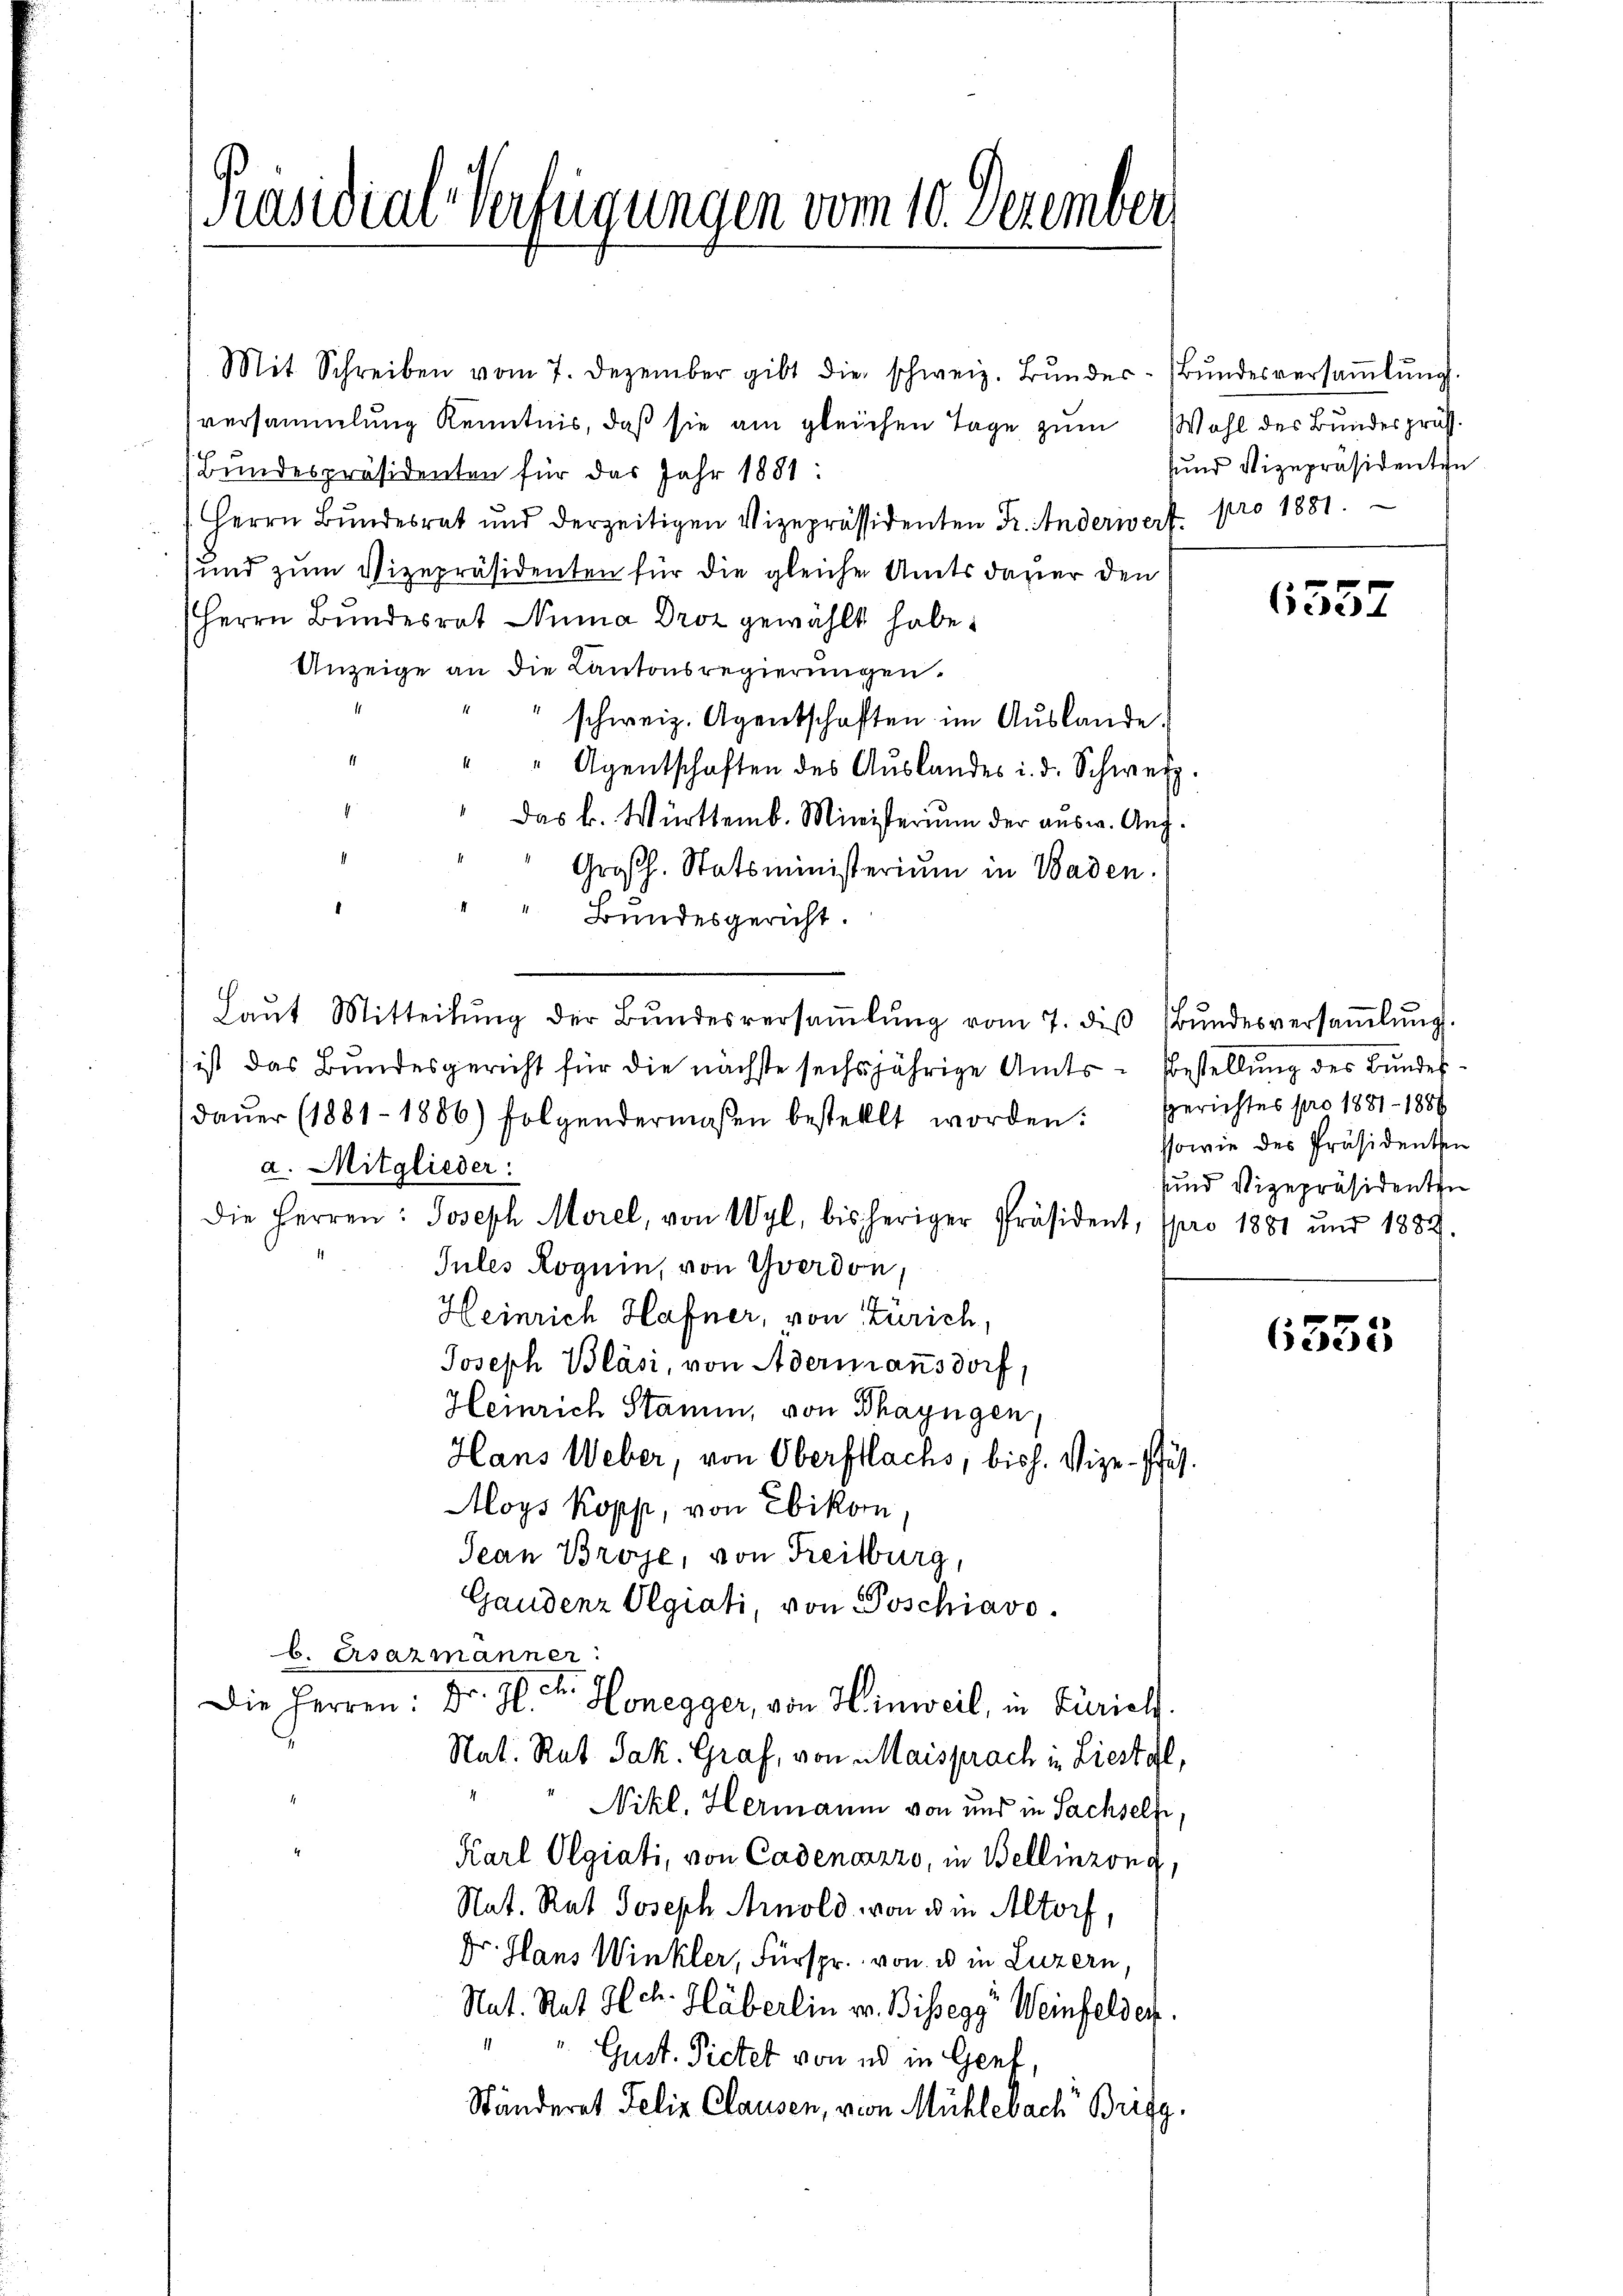
[Präsidial-Verfügungen vom 10. Dezember

(Bundespräsidenten für das Jahr 1881:
Herrn Bŭndesrat und derzeitigen Vizepräsidenten Fr. Anderwert pro 1881.
und zum Vizepräsidenten für die gleiche Amtsdauer den
Herrn Bŭndesrat Numa Droz gewählt habe.
Anzeige an die Kantonsregierungen.
schweiz. Agentschaften im Aŭslande.
11
" Agentschaften des Auslandes i. d. Schweiz.
Das k. Württemb. Ministerium der ausw. Aug.
Großh. Statsministerium in Waden.
" " Bundesgericht.
Laŭt Mitteilŭng der Bŭndesversaṁlŭng vom 7. des Bŭndesversaṁlŭng
 ist das Bundesgericht für die nächste sechsjährige Amts-Bestellung des Bundesdaŭer (1881-1886) folgendermaßen bestellt worden. Berichtes pro 1881 - 1889
a. Mitglieder:
die Herren: Joseph Morel, von Wyl, bisheriger Präsident, pro 1881 und 1889.
Jules Roguin, von Yverdon,
Heinrich Hafner, von Zürich,
Joseph Bläsi, von Adermannsdorf,
Heinrich Stamm, von Thayngen,
Hans Weber, von Oberflachs, bish. Vize-Pfäf¬
Moys Kopp, von Ebikon,
Jean Broye, von Freiburg,
Gaudenz Olgiati, von Poschiavo
b. Ersazmanner:
Fr. 10 c.
Die Herren:
l. Honegger, von Hinweil, in Zürich
Rat. Rat Jak. Graf, von Maisprach in Liestal,
Nikl. Hermann von und in Sachseln,
4
Karl Olgiati, von Cadenazzo, in Bellinzona,
Nat. Rat Joseph Arnold von die Altorf,
Dr. Hans Winkler, Fürspr. von u in Luzern,
Nat. Rat Hch. Häberlin v. Bissegg“ Weinfelder.
Gust. Pietet von ed in Genf
Ständeret Felix Clausen, von Mühlebach Britg.

Mit Schreiben vom 7. Dezember gibt die schweiz. Bŭndes-Bŭndesversaṁlŭng
versammlung Kenntnis, daß sie am gleichen Tage zum Wohl des Bundespräs

sund Vizepräsidenten

6357

ssowie des Präsidenten
sund Vizepräsidenten

6355